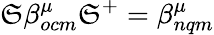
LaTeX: \mathfrak{S}\beta_{ocm}^{\mu}\mathfrak{S}^{+}=\beta_{nqm}^{\mu}